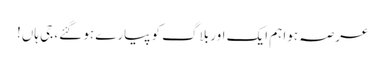
عرصہ ہوا ہم ایک اور بلاگ کو پیارے ہو گئے، جی ہاں!